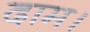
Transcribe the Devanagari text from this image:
दाम।